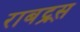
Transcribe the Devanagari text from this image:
राबट्र्स